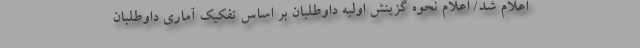
اعلام شد/ اعلام نحوه گزینش اولیه داوطلبان بر اساس تفکیک آماری داوطلبان